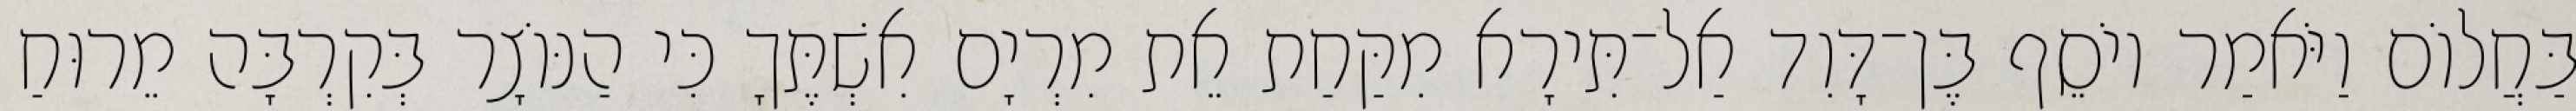
בַּחֲלוֹם וַיֹּאמַר יוֹסֵף בֶּן־דָּוִד אַל־תִּירָא מִקַּחַת אֵת מִרְיָם אִשְׁתֶּךָ כִּי הַנּוֹצָר בְּקִרְבָּה מֵרוּחַ